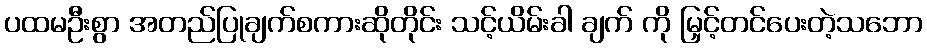
ပထမဦးစွာ အတည်ပြုချက်စကားဆိုတိုင်း သင့်ယိမ်းခါ ချက် ကို မြှင့်တင်ပေးတဲ့သဘော